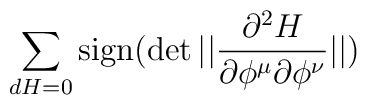
\sum\limits_{d H = 0 }  {\rm sign}( \det || {\partial^2 H  \over\partial \phi^\mu \partial \phi^\nu } || )